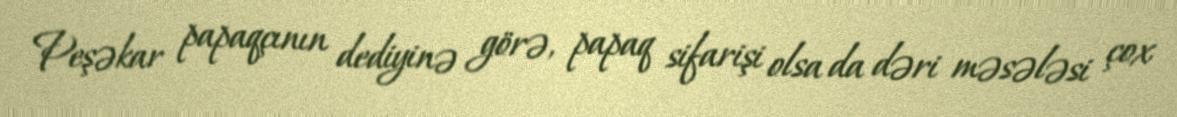
Peşəkar papaqçının dediyinə görə, papaq sifarişi olsa da dəri məsələsi çox